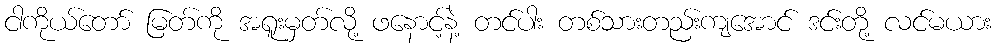
ငါကိုယ်တော် မြတ်ကို အရူးမှတ်လို့ ဖနောင့်နဲ့ တင်ပါး တစ်သားတည်းကျအောင် ဒင်းတို့ လင်မယား